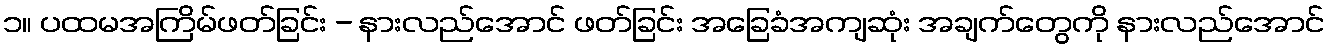
၁။ ပထမအကြိမ်ဖတ်ခြင်း - နားလည်အောင် ဖတ်ခြင်း အခြေခံအကျဆုံး အချက်တွေကို နားလည်အောင်